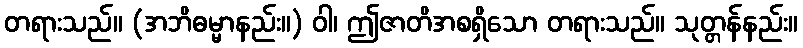
တရားသည်။ (အဘိဓမ္မာနည်း။) ဝါ၊ ဤဇာတိအစရှိသော တရားသည်။ သုတ္တန်နည်း။